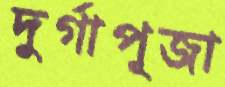
দুর্গাপূজা